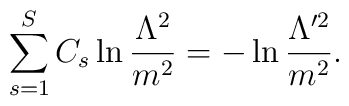
\sum_{s=1}^SC_s\ln\frac{\Lambda^2}{m^2}  =-\ln\frac{\Lambda^{\prime2}}{m^2}.